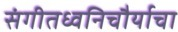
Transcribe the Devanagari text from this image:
संगीतध्वनिचौर्याचा